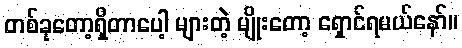
တစ်ခုတော့ရှိတာပေါ့ များတဲ့ မျိုးတော့ ရှောင်ရမယ်နော်။